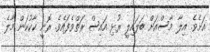
އަށެވެ. އިލާ މާސްއަށް ބަލައިލީ ރުޅި އައިސް ރަތްވެފައެވެ. ރޮނީ ކާކުކަން މާލެ